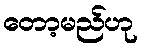
တော့မည်ဟု